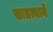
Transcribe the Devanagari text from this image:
सातत्यानें